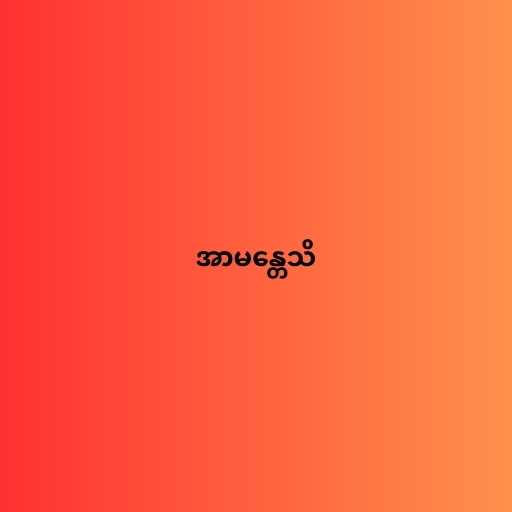
အာမန္တေသိ